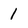
Character: 1